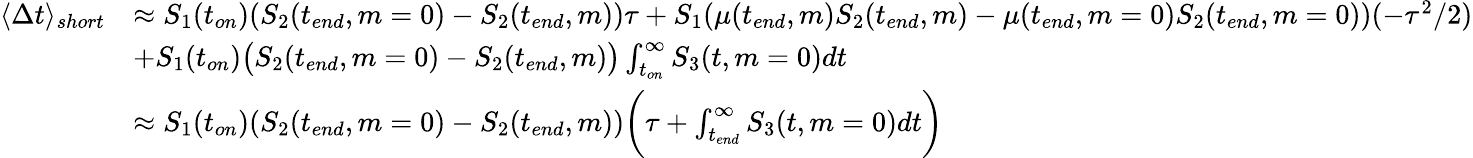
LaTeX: \begin{array}{rl}{\langle\Delta t\rangle_{short}}&{\approx S_{1}(t_{on})(S_{2}(t_{end},m=0)-S_{2}(t_{end},m))\tau+S_{1}(\mu(t_{end},m)S_{2}(t_{end},m)-\mu(t_{end},m=0)S_{2}(t_{end},m=0))(-\tau^{2}/2)}\\ &{+S_{1}(t_{on})\big(S_{2}(t_{end},m=0)-S_{2}(t_{end},m)\big)\int_{t_{on}}^{\infty}S_{3}(t,m=0)dt}\\ &{\approx S_{1}(t_{on})(S_{2}(t_{end},m=0)-S_{2}(t_{end},m))\bigg(\tau+\int_{t_{end}}^{\infty}S_{3}(t,m=0)dt\bigg)}\end{array}